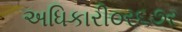
અધિકારી૦ર૬૭ર